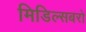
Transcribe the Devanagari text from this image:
मिडिल्सबरो